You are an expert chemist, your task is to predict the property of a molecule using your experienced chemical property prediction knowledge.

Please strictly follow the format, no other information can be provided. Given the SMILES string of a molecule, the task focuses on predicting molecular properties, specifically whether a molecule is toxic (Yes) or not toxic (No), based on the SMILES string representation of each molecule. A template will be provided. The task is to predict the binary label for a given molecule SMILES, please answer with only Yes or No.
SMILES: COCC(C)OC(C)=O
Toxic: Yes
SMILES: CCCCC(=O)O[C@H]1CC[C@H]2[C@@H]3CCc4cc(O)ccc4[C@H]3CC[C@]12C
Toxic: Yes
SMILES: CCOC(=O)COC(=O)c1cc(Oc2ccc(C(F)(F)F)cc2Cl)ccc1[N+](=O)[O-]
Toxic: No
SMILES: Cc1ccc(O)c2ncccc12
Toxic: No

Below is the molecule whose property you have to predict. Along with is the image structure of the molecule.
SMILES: CCC(C)O
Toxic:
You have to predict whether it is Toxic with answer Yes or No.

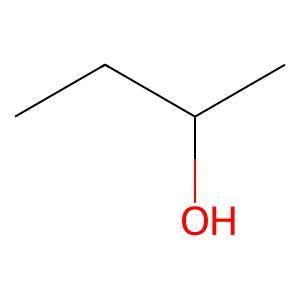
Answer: No